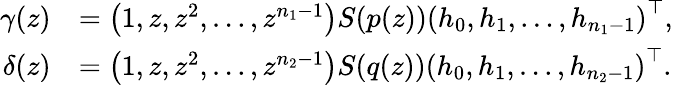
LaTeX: \begin{array}{rl}{\gamma(z)}&{=\left(1,z,z^{2},\ldots,z^{n_{1}-1}\right)S(p(z))\left(h_{0},h_{1},\ldots,h_{n_{1}-1}\right)^{\top},}\\ {\delta(z)}&{=\left(1,z,z^{2},\ldots,z^{n_{2}-1}\right)S(q(z))\left(h_{0},h_{1},\ldots,h_{n_{2}-1}\right)^{\top}.}\end{array}